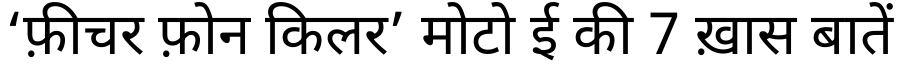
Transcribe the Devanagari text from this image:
‘फ़ीचर फ़ोन किलर’ मोटो ई की 7 ख़ास बातें